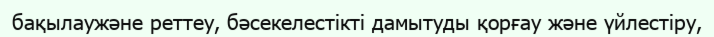
бақылаужәне реттеу, бәсекелестікті дамытуды қорғау және үйлестіру,